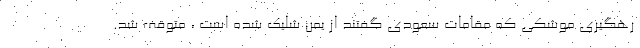
رهگیری موشکی که مقامات سعودی گفتند از یمن شلیک شده است ، متوقف شد.